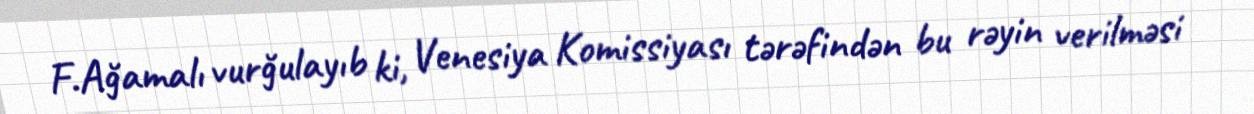
F.Ağamalı vurğulayıb ki, Venesiya Komissiyası tərəfindən bu rəyin verilməsi